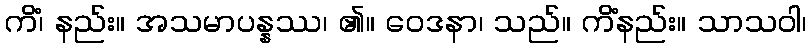
ကိံ၊ နည်း။ အသမာပန္နဿ၊ ၏။ ဝေဒနာ၊ သည်။ ကိံနည်း။ သာသဝါ၊